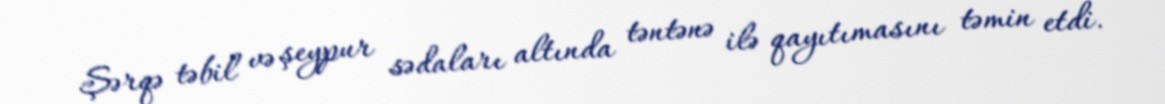
Şərqə təbil və şeypur sədaları altında təntənə ilə qayıtımasını təmin etdi.